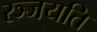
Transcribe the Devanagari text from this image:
रञ्जयति